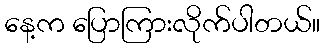
နေ့က ပြောကြားလိုက်ပါတယ်။